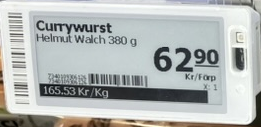
Vara: Currywurst
Genomsnittspris: 165.53 per kg